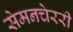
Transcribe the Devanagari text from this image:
सेमनचेररी